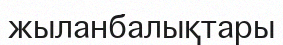
жыланбалықтары